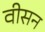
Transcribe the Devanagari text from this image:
वीसन